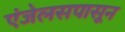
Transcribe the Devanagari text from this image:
एंजेलसपासून